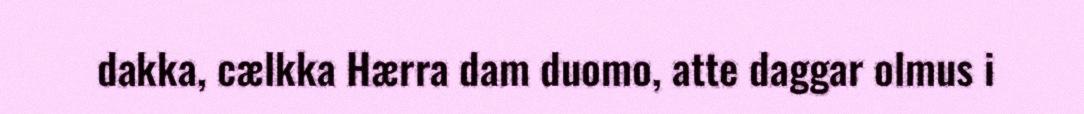
dakka, cælkka Hærra dam duomo, atte daggar olmus i